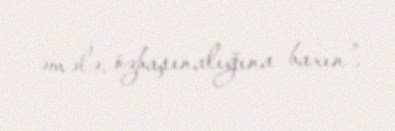
əmələ, özbaşınalığına baxın”.